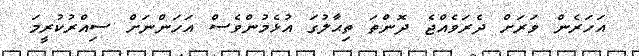
އަހަރެން ވަރަށް ދެރަވެއްޖެ ދޮންތަ ތިޙާލުގަ އުޅެމުންވެސް އަހަންނަށް ސިއްރުކުރީމަ